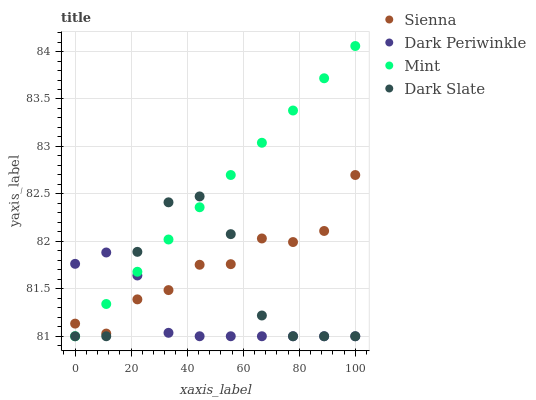
| xaxis_label | Sienna | Dark Periwinkle | Mint | Dark Slate |
 | --- | --- | --- | --- | --- |
 | 0 | 81.1 | 81.8 | 81 | 81 |
 | 11.1 | 81 | 81.9 | 81.3 | 81 |
 | 22.2 | 81.4 | 81.6 | 81.7 | 81.9 |
 | 33.3 | 81.5 | 81 | 82 | 82.4 |
 | 44.4 | 81.8 | 81 | 82.4 | 82.5 |
 | 55.6 | 81.8 | 81 | 82.7 | 82.1 |
 | 66.7 | 82 | 81 | 83 | 81.2 |
 | 77.8 | 82 | 81 | 83.4 | 81 |
 | 88.9 | 82.1 | 81 | 83.7 | 81 |
 | 100 | 82.7 | 81 | 84.1 | 81 |